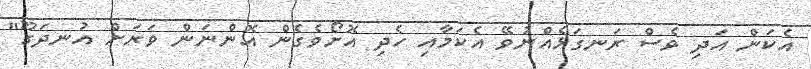
އެކަން އަދި ވެސް ރަނގަޅެއްނުވޭ އެކަމާއި ހެދި އޮށޯވެގެން އޮންނަން ވަރަށް އުނދަގޫ"